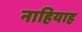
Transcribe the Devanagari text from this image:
नाहियाह